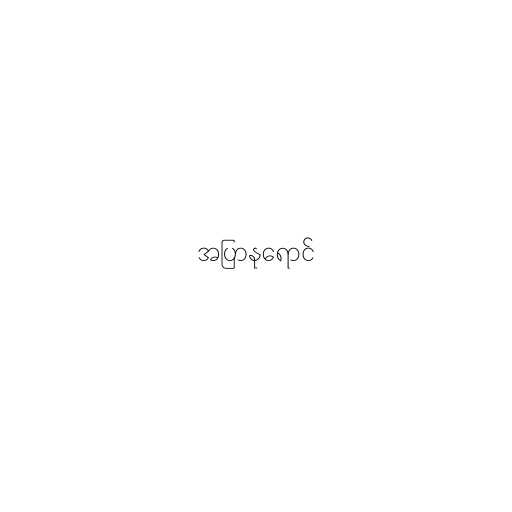
အပြာနုရောင်